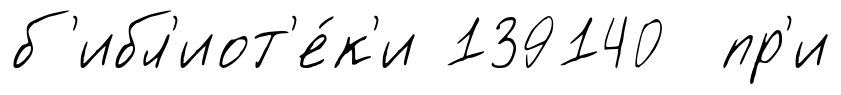
б'ибл'иот'е́к'и 139140 пр'и